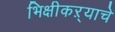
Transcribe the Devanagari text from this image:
भिक्षीकऱ्याचे